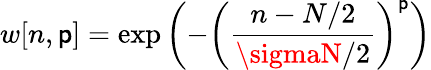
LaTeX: w[n,\mathsf{p}]=\exp\left(-\left({\frac{{n-N/2}}{{\sigmaN/2}}}\right)^{\mathsf{p}}\right)